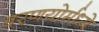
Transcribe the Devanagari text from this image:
वरणयोर्मध्ये